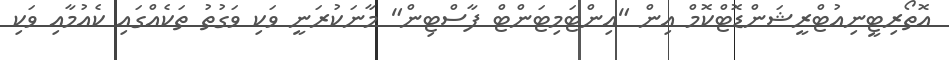
އޮތޯރިޓީނިއުޓްރީޝަންޑޮޓްކޮމް އިން "އިންޓަމިޓަންޓް ފާސްޓިން" މާނަކުރަނީ ވަކި ވަގުތު ތަކެއްގައި ކެއުމާއި ވަކި